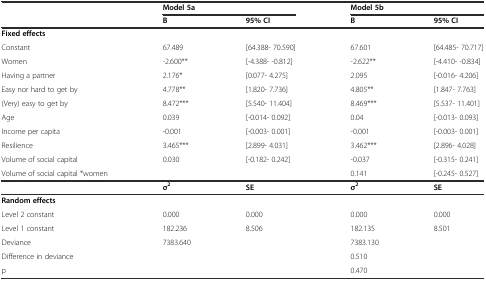
<table><thead><tr><td></td><td colspan="2"><b>Model 5a</b></td><td colspan="2"><b>Model 5b</b></td></tr><tr><td></td><td><b>B</b></td><td><b>95% CI</b></td><td><b>B</b></td><td><b>95% CI</b></td></tr></thead><tbody><tr><td><b>Fixed effects</b></td><td></td><td></td><td></td><td></td></tr><tr><td>Constant</td><td>67.489</td><td>[64.388- 70.590]</td><td>67.601</td><td>[64.485- 70.717]</td></tr><tr><td>Women</td><td>-2.600**</td><td>[-4.388- -0.812]</td><td>-2.622**</td><td>[-4.410- -0.834]</td></tr><tr><td>Having a partner</td><td>2.176*</td><td>[0.077- 4.275]</td><td>2.095</td><td>[-0.016- 4.206]</td></tr><tr><td>Easy nor hard to get by</td><td>4.778**</td><td>[1.820- 7.736]</td><td>4.805**</td><td>[1.847- 7.763]</td></tr><tr><td>(Very) easy to get by</td><td>8.472***</td><td>[5.540- 11.404]</td><td>8.469***</td><td>[5.537- 11.401]</td></tr><tr><td>Age</td><td>0.039</td><td>[-0.014- 0.092]</td><td>0.04</td><td>[-0.013- 0.093]</td></tr><tr><td>Income per capita</td><td>-0.001</td><td>[-0.003- 0.001]</td><td>-0.001</td><td>[-0.003- 0.001]</td></tr><tr><td>Resilience</td><td>3.465***</td><td>[2.899- 4.031]</td><td>3.462***</td><td>[2.896- 4.028]</td></tr><tr><td>Volume of social capital</td><td>0.030</td><td>[-0.182- 0.242]</td><td>-0.037</td><td>[-0.315- 0.241]</td></tr><tr><td>Volume of social capital *women</td><td></td><td></td><td>0.141</td><td>[-0.245- 0.527]</td></tr><tr><td></td><td><b>σ</b><sup><b>2</b></sup></td><td><b>SE</b></td><td><b>σ</b><sup><b>2</b></sup></td><td><b>SE</b></td></tr><tr><td><b>Random effects</b></td><td></td><td></td><td></td><td></td></tr><tr><td>Level 2 constant</td><td>0.000</td><td>0.000</td><td>0.000</td><td>0.000</td></tr><tr><td>Level 1 constant</td><td>182.236</td><td>8.506</td><td>182.135</td><td>8.501</td></tr><tr><td>Deviance</td><td>7383.640</td><td></td><td>7383.130</td><td></td></tr><tr><td>Difference in deviance</td><td></td><td></td><td>0.510</td><td></td></tr><tr><td>p</td><td></td><td></td><td>0.470</td><td></td></tr></tbody></table>